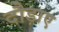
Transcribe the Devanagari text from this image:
दौड़ाए